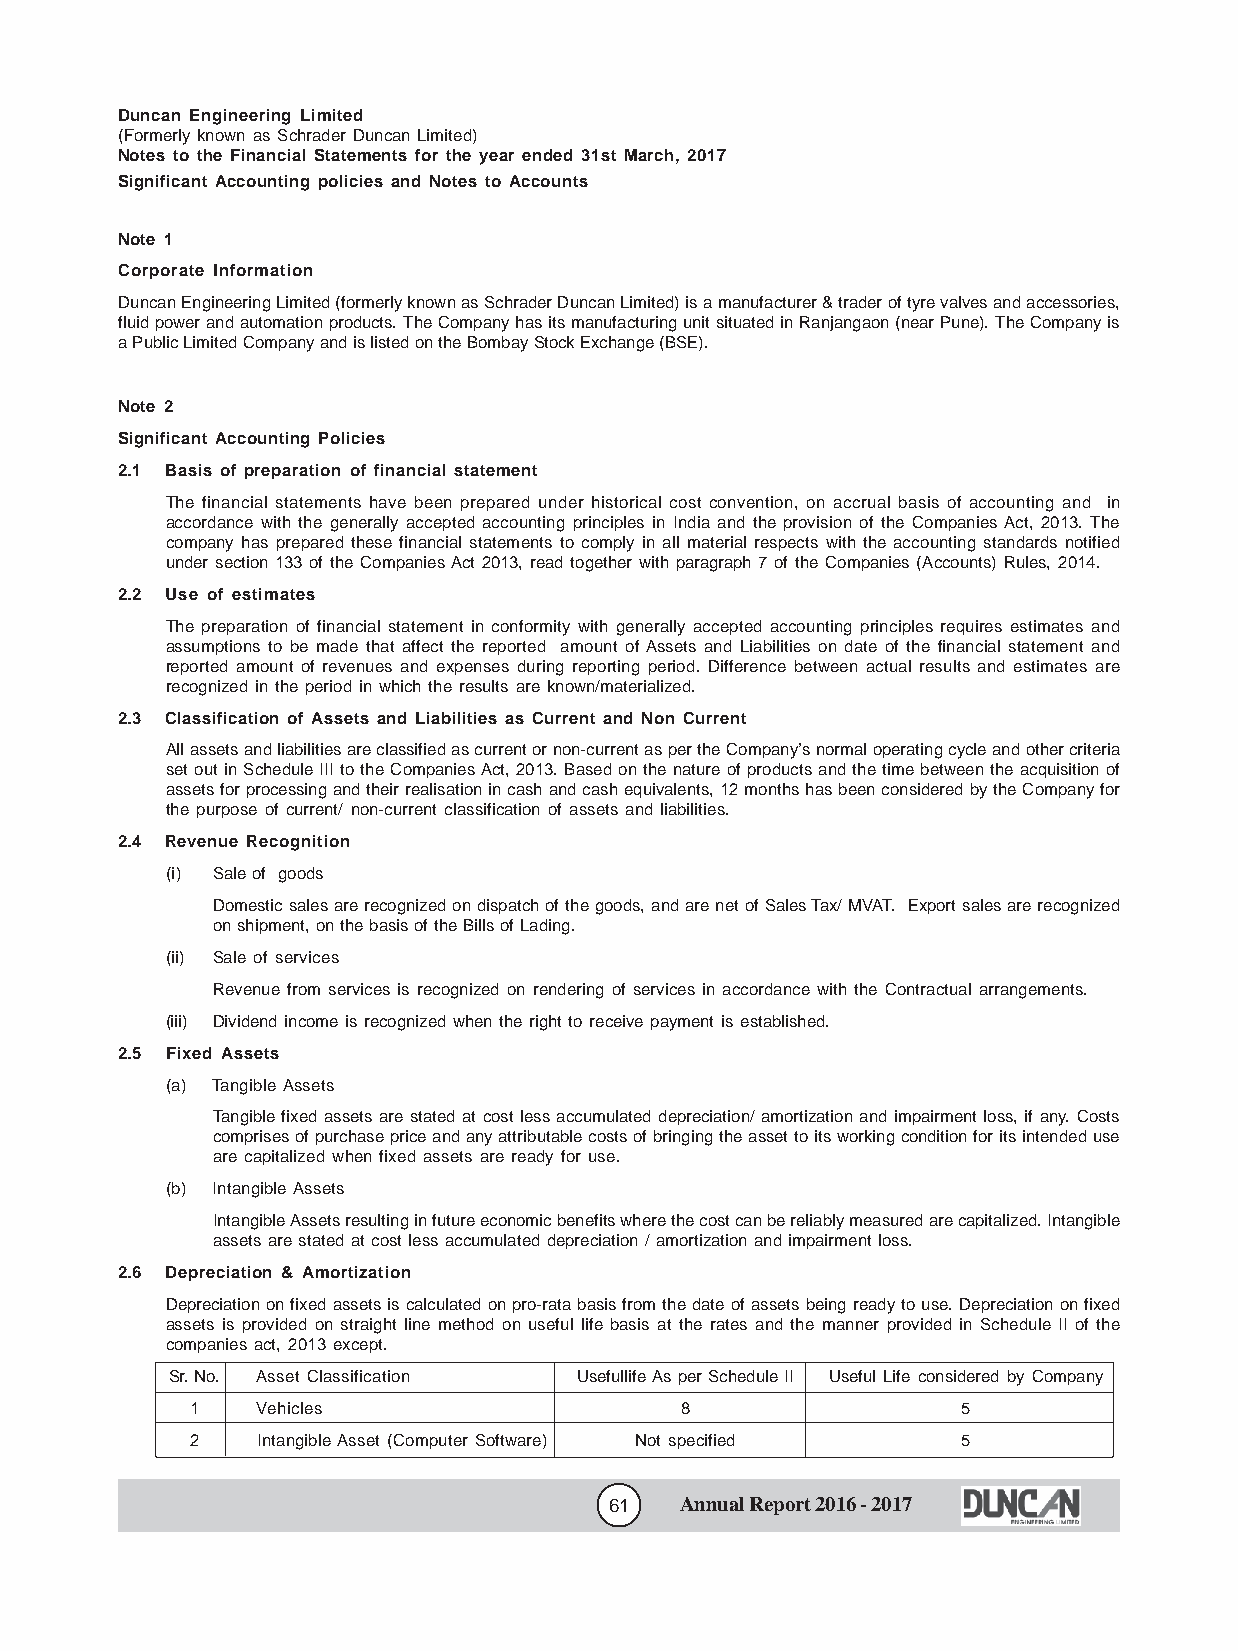
Duncan Engineering Limited
 (Formerly known as Schrader Duncan Limited)
 Notes to the Financial Statements for the year ended 31st March, 2017
 Significant Accounting policies and Notes to Accounts
 Note 1
 Corporate Information
 Duncan Engineering Limited (formerly known as Schrader Duncan Limited) is a manufacturer & trader of tyre valves and accessories,
 fluid power and automation products. The Company has its manufacturing unit situated in Ranjangaon (near Pune). The Company is
 a Public Limited Company and is listed on the Bombay Stock Exchange (BSE).
 Note 2
 Significant Accounting Policies
 2.1 Basis of preparation of financial statement
 The financial statements have been prepared under historical cost convention, on accrual basis of accounting and in
 accordance with the generally accepted accounting principles in India and the provision of the Companies Act, 2013. The
 company has prepared these financial statements to comply in all material respects with the accounting standards notified
 under section 133 of the Companies Act 2013, read together with paragraph 7 of the Companies (Accounts) Rules, 2014.
 2.2 Use of estimates
 The preparation of financial statement in conformity with generally accepted accounting principles requires estimates and
 assumptions to be made that affect the reported amount of Assets and Liabilities on date of the financial statement and
 reported amount of revenues and expenses during reporting period. Difference between actual results and estimates are
 recognized in the period in which the results are known/materialized.
 2.3 Classification of Assets and Liabilities as Current and Non Current
 All assets and liabilities are classified as current or non-current as per the Company’s normal operating cycle and other criteria
 set out in Schedule III to the Companies Act, 2013. Based on the nature of products and the time between the acquisition of
 assets for processing and their realisation in cash and cash equivalents, 12 months has been considered by the Company for
 the purpose of current/ non-current classification of assets and liabilities.
 2.4 Revenue Recognition
 (i) Sale of goods
 Domestic sales are recognized on dispatch of the goods, and are net of Sales Tax/ MVAT. Export sales are recognized
 on shipment, on the basis of the Bills of Lading.
 (ii) Sale of services
 Revenue from services is recognized on rendering of services in accordance with the Contractual arrangements.
 (iii) Dividend income is recognized when the right to receive payment is established.
 2.5 Fixed Assets
 (a) Tangible Assets
 Tangible fixed assets are stated at cost less accumulated depreciation/ amortization and impairment loss, if any. Costs
 comprises of purchase price and any attributable costs of bringing the asset to its working condition for its intended use
 are capitalized when fixed assets are ready for use.
 (b) Intangible Assets
 Intangible Assets resulting in future economic benefits where the cost can be reliably measured are capitalized. Intangible
 assets are stated at cost less accumulated depreciation / amortization and impairment loss.
 2.6 Depreciation & Amortization
 Depreciation on fixed assets is calculated on pro-rata basis from the date of assets being ready to use. Depreciation on fixed
 assets is provided on straight line method on useful life basis at the rates and the manner provided in Schedule II of the
 companies act, 2013 except.
 Sr. No. Asset Classification Usefullife As per Schedule II Useful Life considered by Company
 1   Vehicles                    8                  5
 2   Intangible Asset (Computer Software) Not specified 5
 61   Annual Report 2016 - 2017